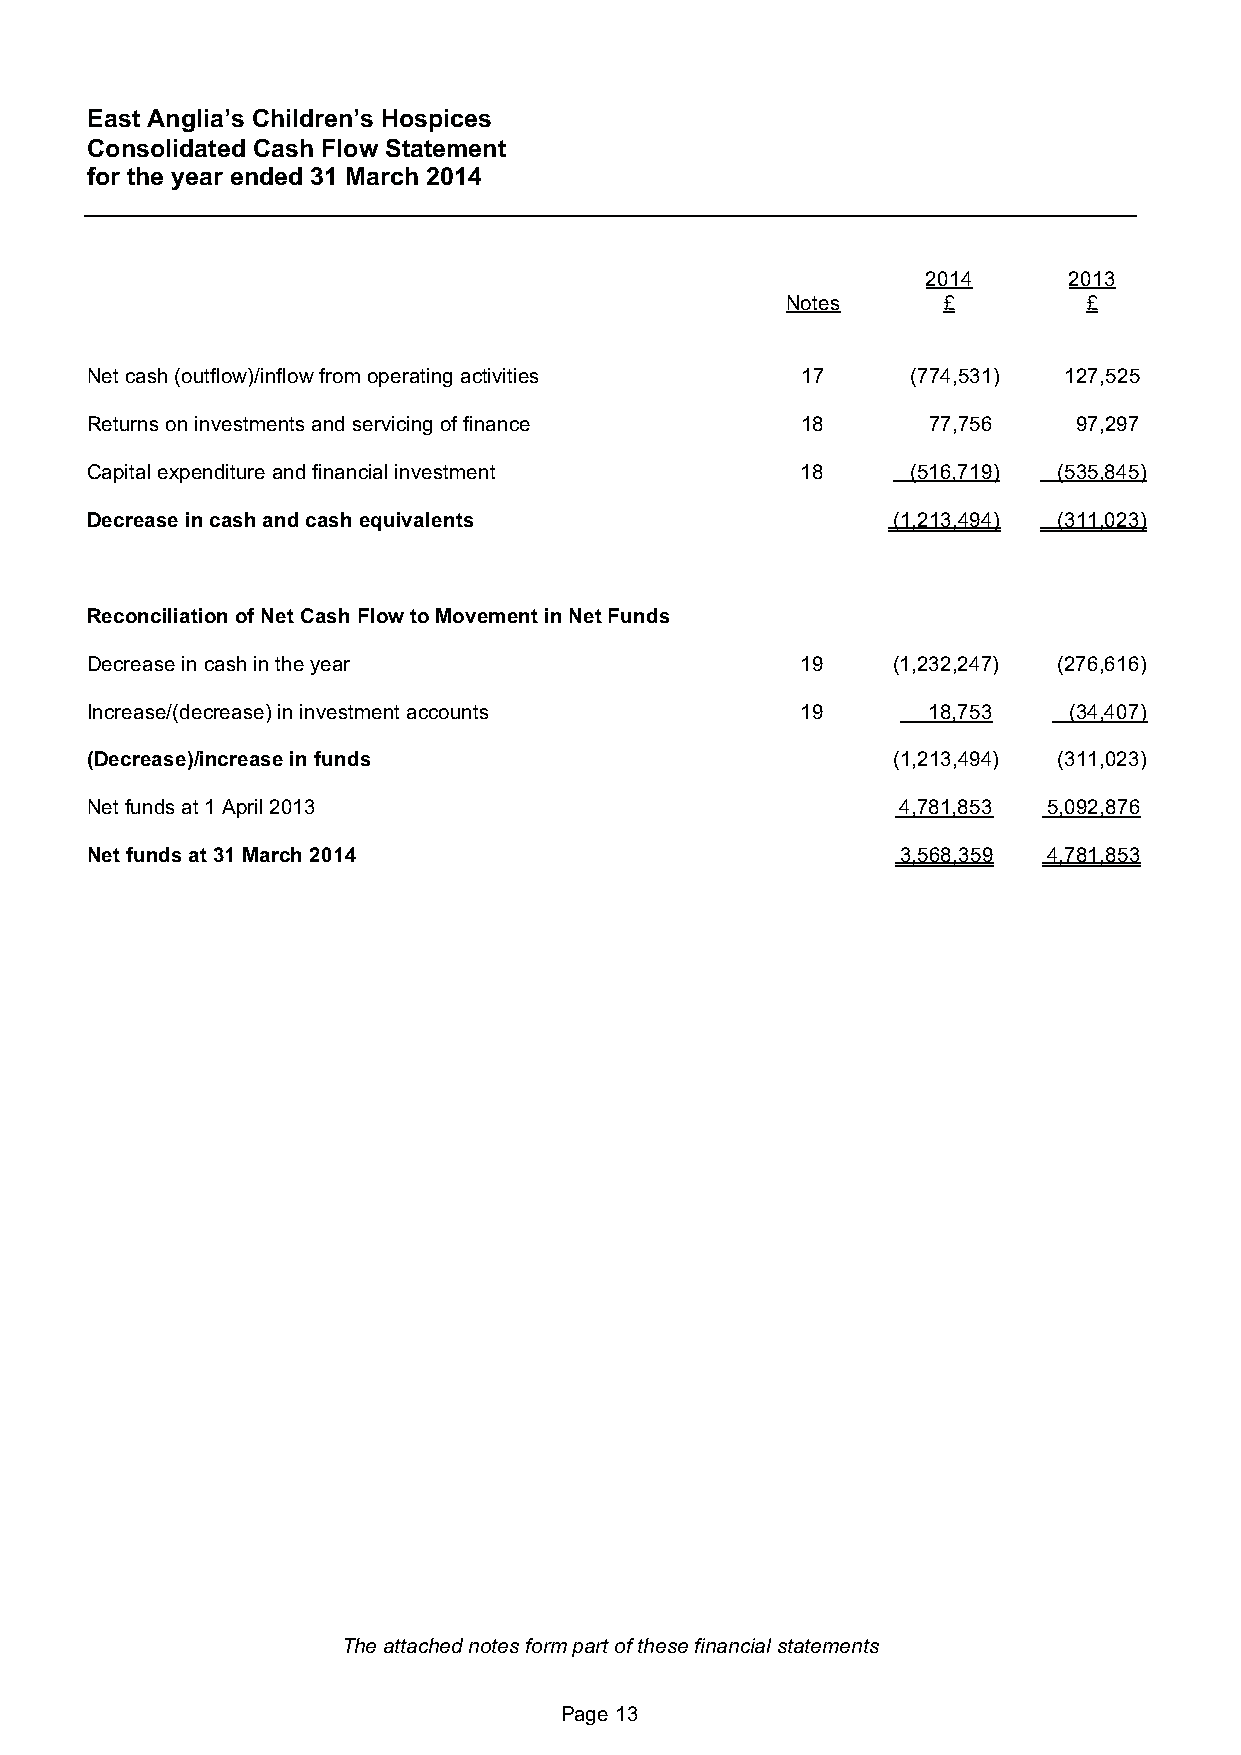
East Anglia’s Children’s Hospices
 Consolidated Cash Flow Statement
 for the year ended 31 March 2014
 2014      2013
 Notes     £         £
 Net cash (outflow)/inflow from operating activities 17 (774,531) 127,525
 Returns on investments and servicing of finance 18      77,756   97,297
 Capital expenditure and financial investment   18     (516,719) (535,845)
 Decrease in cash and cash equivalents                (1,213,494) (311,023)
 Reconciliation of Net Cash Flow to Movement in Net Funds
 Decrease in cash in the year                   19    (1,232,247) (276,616)
 Increase/(decrease) in investment accounts     19      18,753    (34,407)
 (Decrease)/increase in funds                         (1,213,494) (311,023)
 Net funds at 1 April 2013                             4,781,853 5,092,876
 Net funds at 31 March 2014                            3,568,359 4,781,853
 The attached notes form part of these financial statements
 Page 13